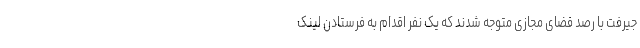
جیرفت با رصد فضای مجازی متوجه شدند که یک نفر اقدام به فرستادن لینک